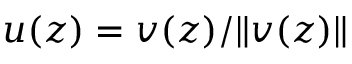
u ( z ) = v ( z ) / \| v ( z ) \|